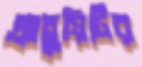
গ্র্যাচুয়িটির